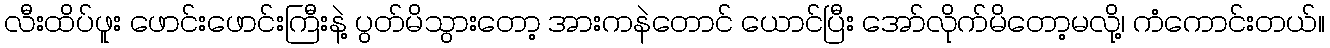
လီးထိပ်ဖူး ဖောင်းဖောင်းကြီးနဲ့ ပွတ်မိသွားတော့ အားကနဲတောင် ယောင်ပြီး အော်လိုက်မိတော့မလို့၊ ကံကောင်းတယ်။